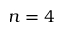
n = 4